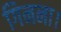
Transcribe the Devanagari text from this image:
गिनना।